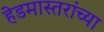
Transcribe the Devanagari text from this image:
हेडमास्तरांच्या